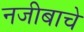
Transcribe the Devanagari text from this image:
नजीबाचे